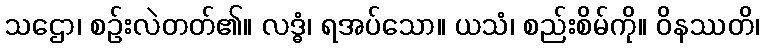
သဌော၊ စဉ်းလဲတတ်၏။ လဒ္ဓံ၊ ရအပ်သော။ ယသံ၊ စည်းစိမ်ကို။ ဝိနဿတိ၊